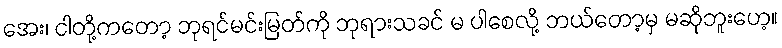
အေး၊ ငါတို့ကတော့ ဘုရင်မင်းမြတ်ကို ဘုရားသခင် မ ပါစေလို့ ဘယ်တော့မှ မဆိုဘူးဟေ့။